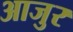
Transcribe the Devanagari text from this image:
आजुर